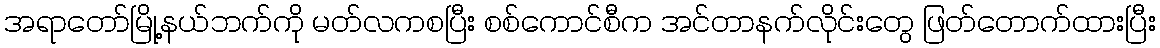
အရာတော်မြို့နယ်ဘက်ကို မတ်လကစပြီး စစ်ကောင်စီက အင်တာနက်လိုင်းတွေ ဖြတ်တောက်ထားပြီး